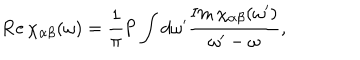
\mathrm { R e } \, \chi _ { \alpha \beta } ( \omega ) = { \frac { 1 } { \pi } } \mathrm { P } \int d \omega ^ { \prime } { \frac { \mathrm { I m } \, \chi _ { \alpha \beta } ( \omega ^ { \prime } ) } { \omega ^ { \prime } - \omega } } ,